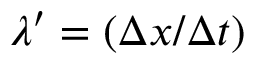
\lambda ^ { \prime } = ( \Delta x / \Delta t )